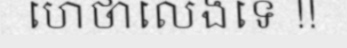
ហេថាលេងទេ !!